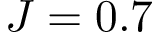
J = 0 . 7